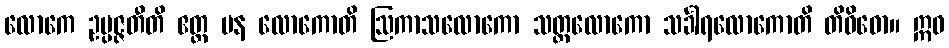
လောကေ ဥပ္ပဇ္ဇတီတိ ဧတ္ထ ပန လောကောတိ ဩကာသလောကော သတ္တလောကော သင်္ခါရလောကောတိ တိဝိဓော။ ဣဓ